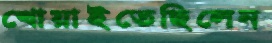
খোয়াইতেছিলেন